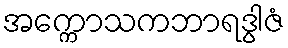
အက္ကောသကဘာရဒွါဇံ